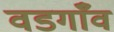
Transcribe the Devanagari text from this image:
वडगाँव